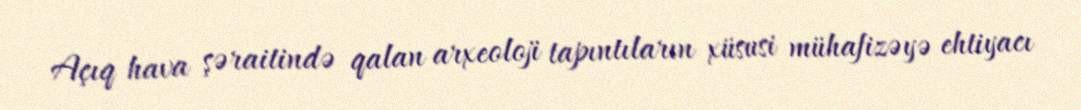
Açıq hava şəraitində qalan arxeoloji tapıntıların xüsusi mühafizəyə ehtiyacı